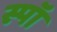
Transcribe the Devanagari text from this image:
स्पॉ